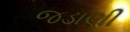
જડાણી